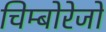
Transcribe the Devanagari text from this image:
चिम्बोरेजो